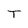
Character: T